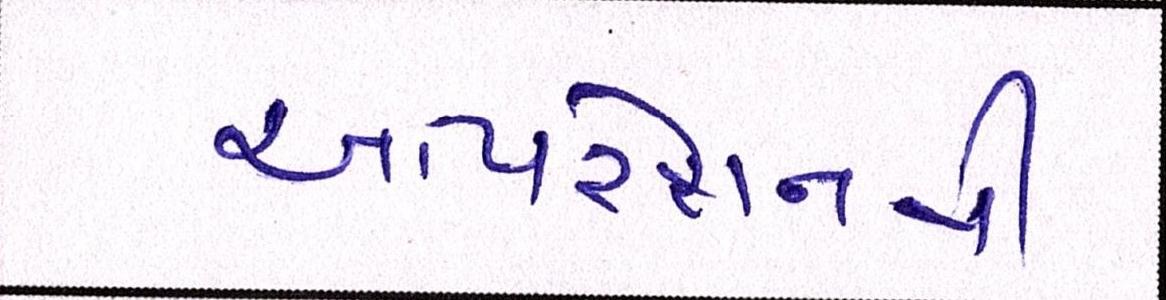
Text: ઓપરેશનથી